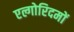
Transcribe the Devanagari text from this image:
एल्गोरिदमों